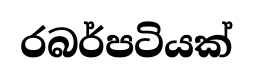
රබර්පටියක්